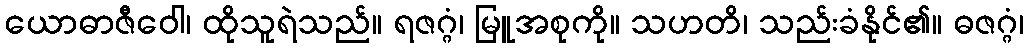
ယောဓာဇီဝေါ၊ ထိုသူရဲသည်။ ရဇဂ္ဂံ၊ မြူအစုကို။ သဟတိ၊ သည်းခံနိုင်၏။ ဓဇဂ္ဂံ၊